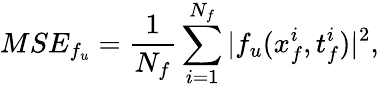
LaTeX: MSE_{f_{u}}=\frac{1}{N_{f}}\sum_{i=1}^{N_{f}}|f_{u}(x_{f}^{i},t_{f}^{i})|^{2},